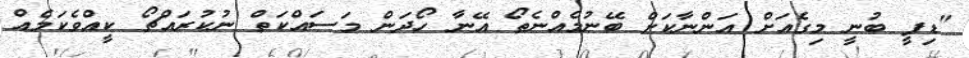
"ޑިފީ ބުނީ މިގެއަށް އަންނާކަށް ބޭނުމެއްނެތޯ އޭނާ ހޯދަން މަސައްކަތް ނުކުރައްޗޯ ކީއްވެކަމެއް